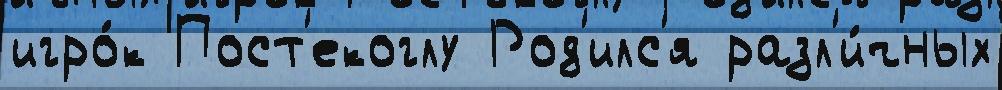
игро́к Пост'екоглу Род'илс'я разл'и́чных